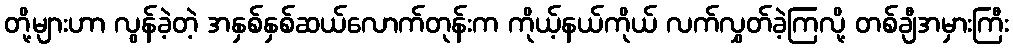
တို့များဟာ လွန်ခဲ့တဲ့ အနှစ်နှစ်ဆယ်လောက်တုန်းက ကိုယ့်နယ်ကိုယ် လက်လွှတ်ခဲ့ကြလို့ တစ်ချီအမှားကြီး